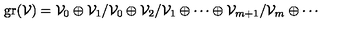
\mathrm { g r } ( { \cal V } ) = { \cal V } _ { 0 } \oplus { \cal V } _ { 1 } / { \cal V } _ { 0 } \oplus { \cal V } _ { 2 } / { \cal V } _ { 1 } \oplus \cdots \oplus { \cal V } _ { m + 1 } / { \cal V } _ { m } \oplus \cdots